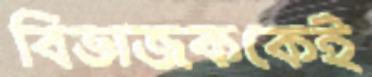
বিভাজককেই